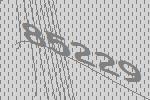
85229